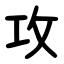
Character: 攻